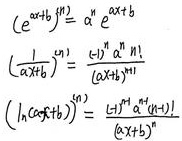
\begin{align*}
\left( e^{\alpha x + b} \right)^{(n)} &= \alpha^n e^{\alpha x + b} \\
\left( \frac{1}{\alpha x + b} \right)^{(n)} &= \frac{(-1)^n n! \alpha^n}{(\alpha x + b)^{n+1}} \\
\left( \ln(\alpha x + b) \right)^{(n)} &= \frac{(-1)^{n-1} (n-1)! \alpha^n}{(\alpha x + b)^n}
\end{align*}